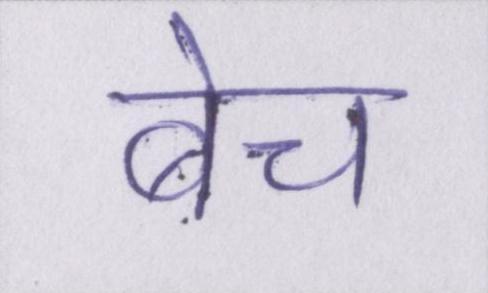
बेच